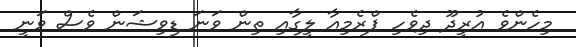
މިހެންވެ އުރީދޫ ދިވެހި ޕްރެމިއާ ލީގާއި ތިން ވަނަ ޑިވިޝަން ވެސް ވަނީ